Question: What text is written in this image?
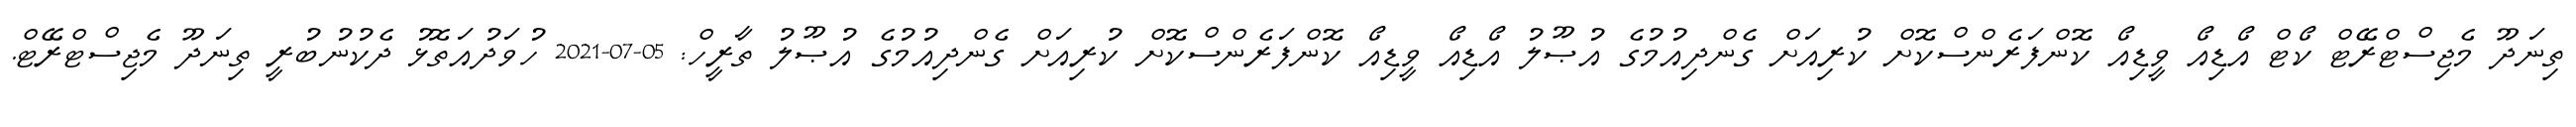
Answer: ތިނަދޫ މެޖިސްޓްރޭޓް ކޯޓް އޯޑިއޯ ވީޑިއޯ ކޮންފަރެންސްކޮށް ކުރިއަށް ގެންދިއުމުގެ އުޞޫލު އޯޑިއޯ ވީޑިއޯ ކޮންފަރެންސްކޮށް ކުރިއަށް ގެންދިއުމުގެ އުޞޫލު ތާރީހް: 05-07-2021 ހުވަދުއަތޮޅު ދެކުނުބުރީ ތިނަދޫ މެޖިސްޓްރޭޓް.